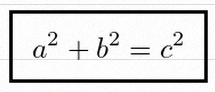
a^2+b^2=c^2